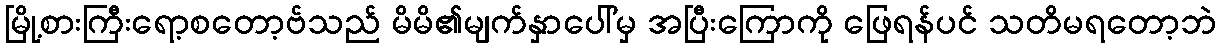
မြို့စားကြီးရော့စတော့ဗ်သည် မိမိ၏မျက်နှာပေါ်မှ အပြီးကြောကို ဖြေရန်ပင် သတိမရတော့ဘဲ